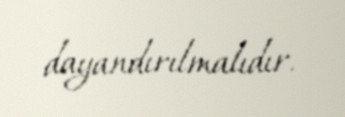
dayandırılmalıdır.